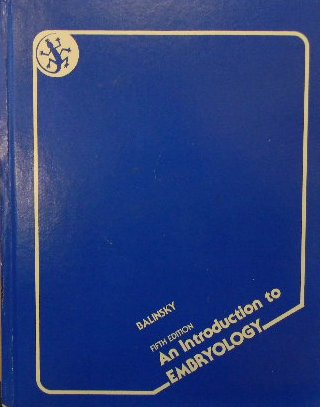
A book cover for Introduction to Embryology; Boris Ivan Balinsky; Medical Books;